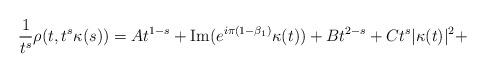
LaTeX: \begin{align*}\frac{1}{t^s}\rho(t,t^s \kappa(s)) = A t^{1-s} + {\rm Im}(e^{i\pi(1-\beta_1)} \kappa(t)) + B t^{2-s} + C t^s|\kappa(t)|^2+\end{align*}